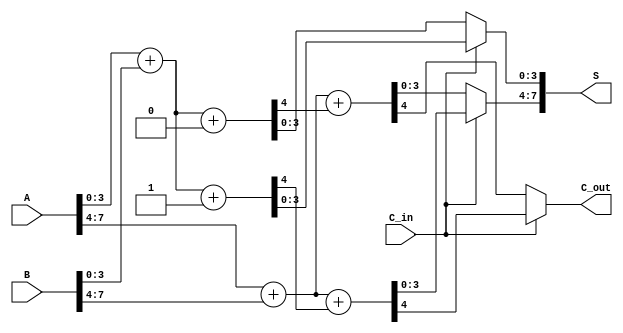
module CarrySelectAdder (
    input [7:0] A,      // First operand
    input [7:0] B,      // Second operand
    input C_in,         // Carry-in
    output [7:0] S,     // Sum output
    output C_out        // Carry-out
);

    // Internal wires for the first block
    wire [3:0] S0_block1, S1_block1; // Sums for C_in = 0 and C_in = 1
    wire C_out0_block1, C_out1_block1; // Carry outs for C_in = 0 and C_in = 1

    // Internal wires for the second block
    wire [3:0] S0_block2, S1_block2; // Sums for C_in = 0 and C_in = 1
    wire C_out0_block2, C_out1_block2; // Carry outs for C_in = 0 and C_in = 1

    // Block 1 (Lower 4 bits)
    // Adder for C_in = 0
    assign {C_out0_block1, S0_block1} = A[3:0] + B[3:0] + 0;
    // Adder for C_in = 1
    assign {C_out1_block1, S1_block1} = A[3:0] + B[3:0] + 1;

    // Block 2 (Upper 4 bits)
    // Adder for C_in = 0 (uses carry out from block 1)
    assign {C_out0_block2, S0_block2} = A[7:4] + B[7:4] + C_out0_block1;
    // Adder for C_in = 1 (uses carry out from block 1)
    assign {C_out1_block2, S1_block2} = A[7:4] + B[7:4] + C_out1_block1;

    // Final sum selection
    assign S = { (C_in ? S1_block2 : S0_block2), (C_in ? S1_block1 : S0_block1) };

    // Final carry out selection
    assign C_out = (C_in ? C_out1_block2 : C_out0_block2);

endmodule